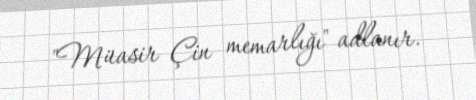
"Müasir Çin memarlığı" adlanır.